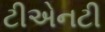
ટીએનટી